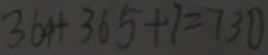
3 6 4 + 3 6 5 + 1 = 7 3 0